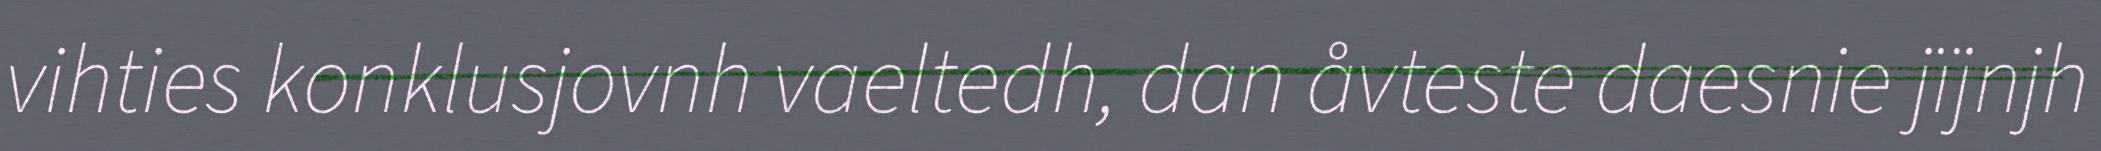
vihties konklusjovnh vaeltedh, dan åvteste daesnie jïjnjh